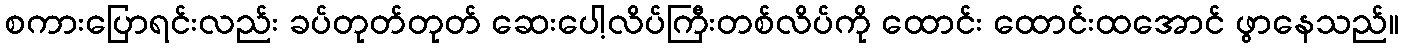
စကားပြောရင်းလည်း ခပ်တုတ်တုတ် ဆေးပေါ့လိပ်ကြီးတစ်လိပ်ကို ထောင်း ထောင်းထအောင် ဖွာနေသည်။